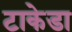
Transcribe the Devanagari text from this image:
टाकेडा